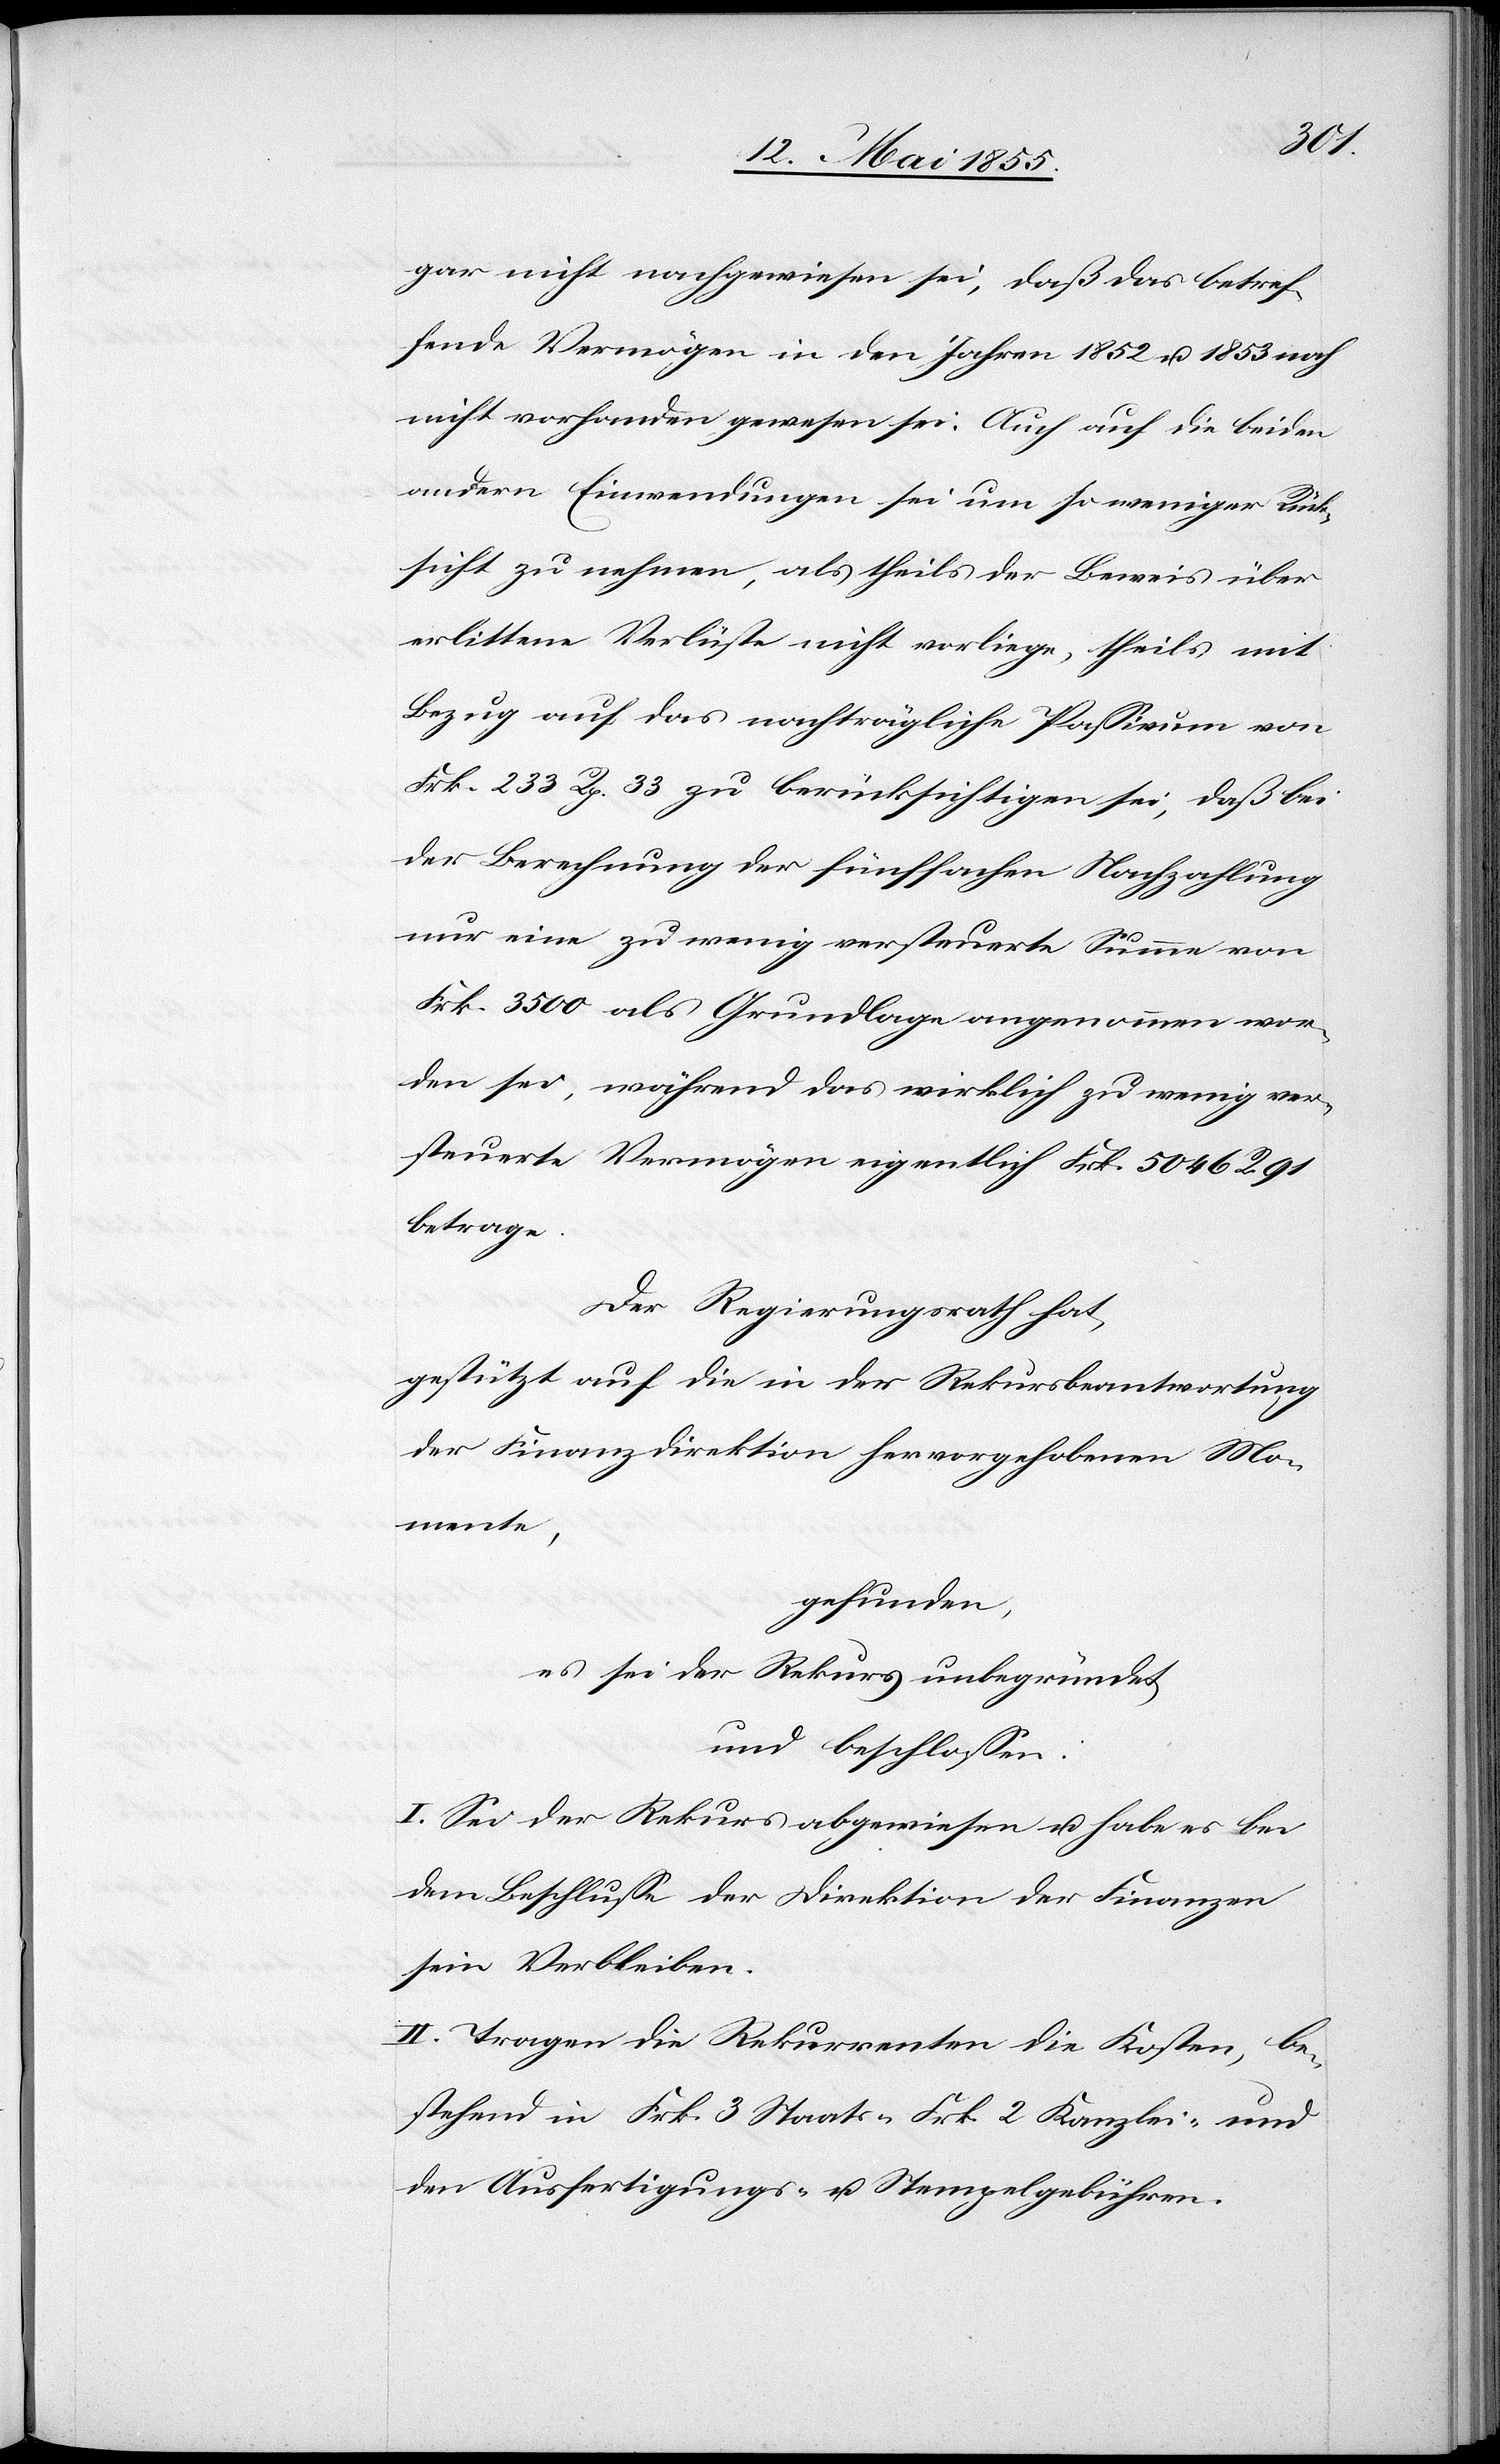
gar nicht nachgewiesen sei, daß das betref¬
fende Vermögen in den Jahren 1852 u. 1853 noch
nicht vorhanden gewesen sei. Auch auf die beiden
andern Einwendungen sei um so weniger Rück¬
sicht zu nehmen, als theils der Beweis über
erlittene Verlüste nicht vorliege, theils mit
Bezug auf das nachträgliche Passivum von
Frk. 233 Rp. 33 zu berücksichtigen sei, daß bei
der Berechnung der fünffachen Nachzahlung
nur eine zu wenig versteuerte Summe von
Frk. 3500 als Grundlage angenommen wor¬
den sei, während das wirklich zu wenig ver¬
steuerte Vermögen eigentlich Frk. 5046 R. 91
betrage.
Der Regierungsrath hat,
gestützt auf die in der Rekursbeantwortung
der Finanzdirektion hervorgehobenen Mo¬
mente,
gefunden:
es sei der Rekurs unbegründet,
und beschlossen:
I. Sei der Rekurs abgewiesen u. habe es bei
dem Beschlusse der Direktion der Finanzen
sein Verbleiben.
II. Tragen die Rekurrenten die Kosten, be¬
stehend in Frk. 3 Staats-[,] Frk. 2 Kanzlei- und
den Ausfertigungs- u. Stempelgebühren.